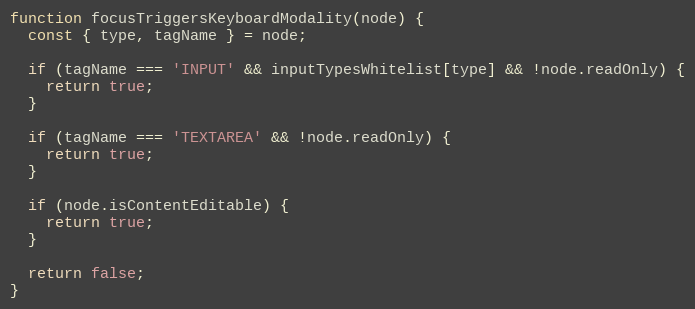
Language: JavaScript
function focusTriggersKeyboardModality(node) {
  const { type, tagName } = node;

  if (tagName === 'INPUT' && inputTypesWhitelist[type] && !node.readOnly) {
    return true;
  }

  if (tagName === 'TEXTAREA' && !node.readOnly) {
    return true;
  }

  if (node.isContentEditable) {
    return true;
  }

  return false;
}